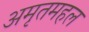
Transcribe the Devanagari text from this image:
अमृतमहल